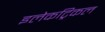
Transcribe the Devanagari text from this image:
इलेकट्रिकल